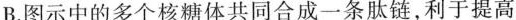
B.图示中的多个核糖体共同合成一条肽链，利于提高